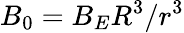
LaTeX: B_{0}=B_{E}R^{3}/r^{3}